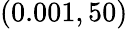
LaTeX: (0.001,50)